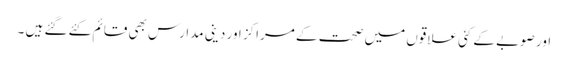
اور صوبے کے کئی علاقوں میں صحت کے مراکز اور دینی مدارس بھی قائم کئے گئے ہیں ۔